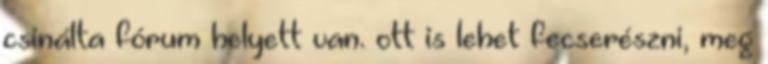
csinálta fórum helyett van. ott is lehet fecserészni, meg